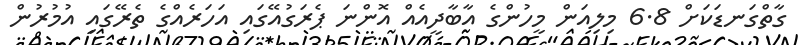
ގާތްގަނޑަކަށް 6.8 މިލިއަން މީހުންގެ އާބާދީއެއް އޮންނަ ޕެރަގުއޭގައި އަހަރެއްގެ ތެރޭގައި އުމުރުން